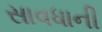
સાવધાની